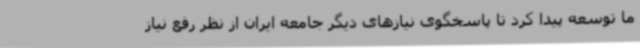
ما توسعه پیدا کرد تا پاسخگوی نیازهای دیگر جامعه ایران از نظر رفع نیاز